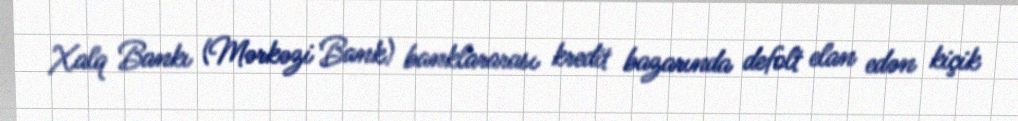
Xalq Bankı (Mərkəzi Bank) banklararası kredit bazarında defolt elan edən kiçik